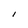
Character: I